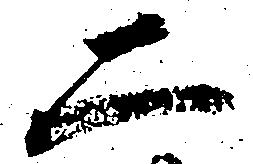
二